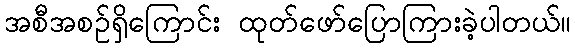
အစီအစဉ်ရှိကြောင်း ထုတ်ဖော်ပြောကြားခဲ့ပါတယ်။